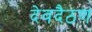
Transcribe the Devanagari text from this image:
देवदैठण